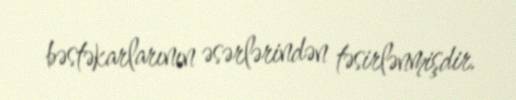
bəstəkarlarının əsərlərindən təsirlənmişdir.